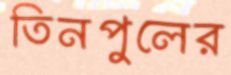
তিনপুলের